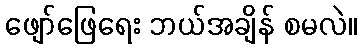
ဖျော်ဖြေရေး ဘယ်အချိန် စမလဲ။